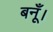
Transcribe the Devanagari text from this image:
बनूँ।